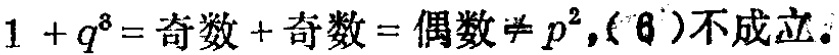
$1 + q^{8}=奇数 + 奇数 = 偶数\neq p^{2},(6)不成立.$